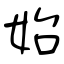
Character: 始